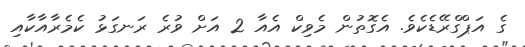
ގެ އަޕްގްރޭޑެކެވެ. އެގޮތުން މެވިކް އެއާ 2 އަށް ވުރެ ރަނގަޅު ކެމެރާއާކާއި